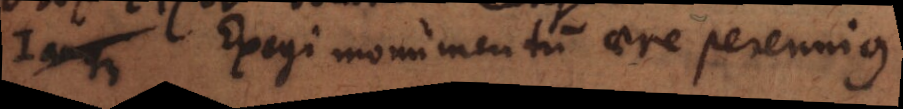
Jamque Exegi monumentum aere perennius